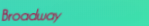
Broadway